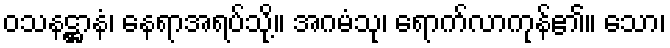
ဝသနဋ္ဌာနံ၊ နေရာအရပ်သို့။ အဂမံသု၊ ရောက်လာကုန်၏။ သော၊